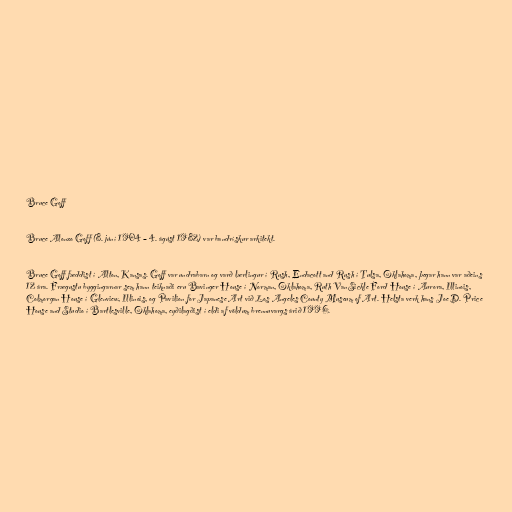
Bruce Goff

Bruce Alonzo Goff (8. júní 1904 – 4. ágúst 1982) var bandrískur arkitekt.

Bruce Goff fæddist í Alton, Kansas. Goff var undrabarn og varð lærlingur í Rush, Endacott and Rush í Tulsa, Oklahoma, þegar hann var aðeins
12 ára. Frægustu byggingarnar sem hann teiknaði eru Bavinger House í Norman, Oklahoma, Ruth VanSickle Ford House í Aurora, Illinois,
Colmorgan House í Glenview, Illinois, og Pavilion for Japanese Art við Los Angeles County Museum of Art. Helsta verk hans Joe D. Price
House and Studio í Bartlesville, Oklahoma, eyðilagðist í eldi af völdum brennuvargs árið 1996.